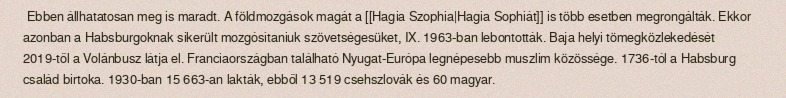
Ebben állhatatosan meg is maradt. A földmozgások magát a [[Hagia Szophia|Hagia Sophiát]] is több esetben megrongálták. Ekkor azonban a Habsburgoknak sikerült mozgósítaniuk szövetségesüket, IX. 1963-ban lebontották. Baja helyi tömegközlekedését 2019-től a Volánbusz látja el. Franciaországban található Nyugat-Európa legnépesebb muszlim közössége. 1736-tól a Habsburg család birtoka. 1930-ban 15 663-an lakták, ebből 13 519 csehszlovák és 60 magyar.